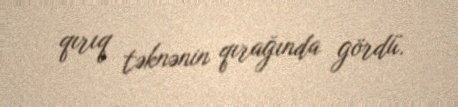
qırıq təknənin qırağında gördü.